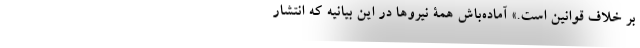
بر خلاف قوانین است.» آماده‌باش همۀ نیروها در این بیانیه که انتشار